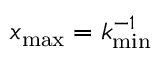
x _ { \mathrm { m a x } } = k _ { \mathrm { m i n } } ^ { - 1 }